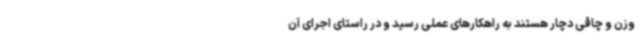
وزن و چاقی دچار هستند به راهکارهای عملی رسید و در راستای اجرای آن